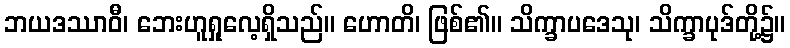
ဘယဒဿာဝီ၊ ဘေးဟူရှုလေ့ရှိသည်။ ဟောတိ၊ ဖြစ်၏။ သိက္ခာပဒေသု၊ သိက္ခာပုဒ်တို့၌။